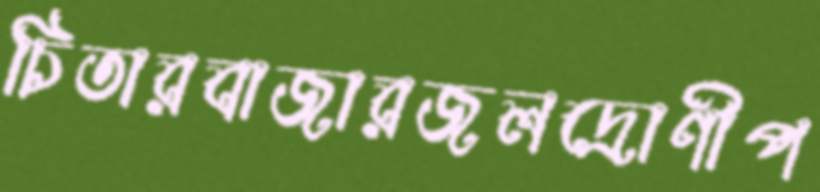
চিতারবাজারজলদ্রোণীপ